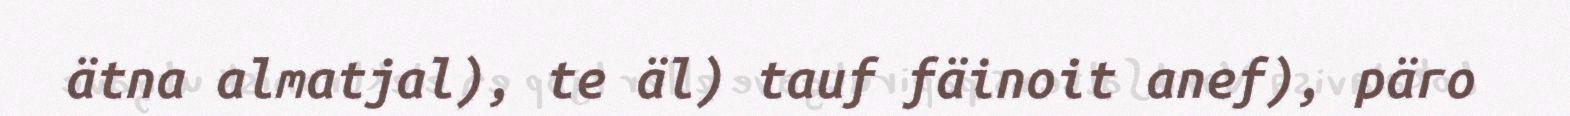
ätna almatjal), te äl) tauf fäinoit anef), päro